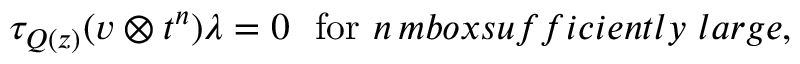
\tau _ { Q ( z ) } ( v \otimes t ^ { n } ) \lambda = 0 \ \ \mathrm { f o r } \ n \, m b o x { s u f f i c i e n t l y \ l a r g e } ,